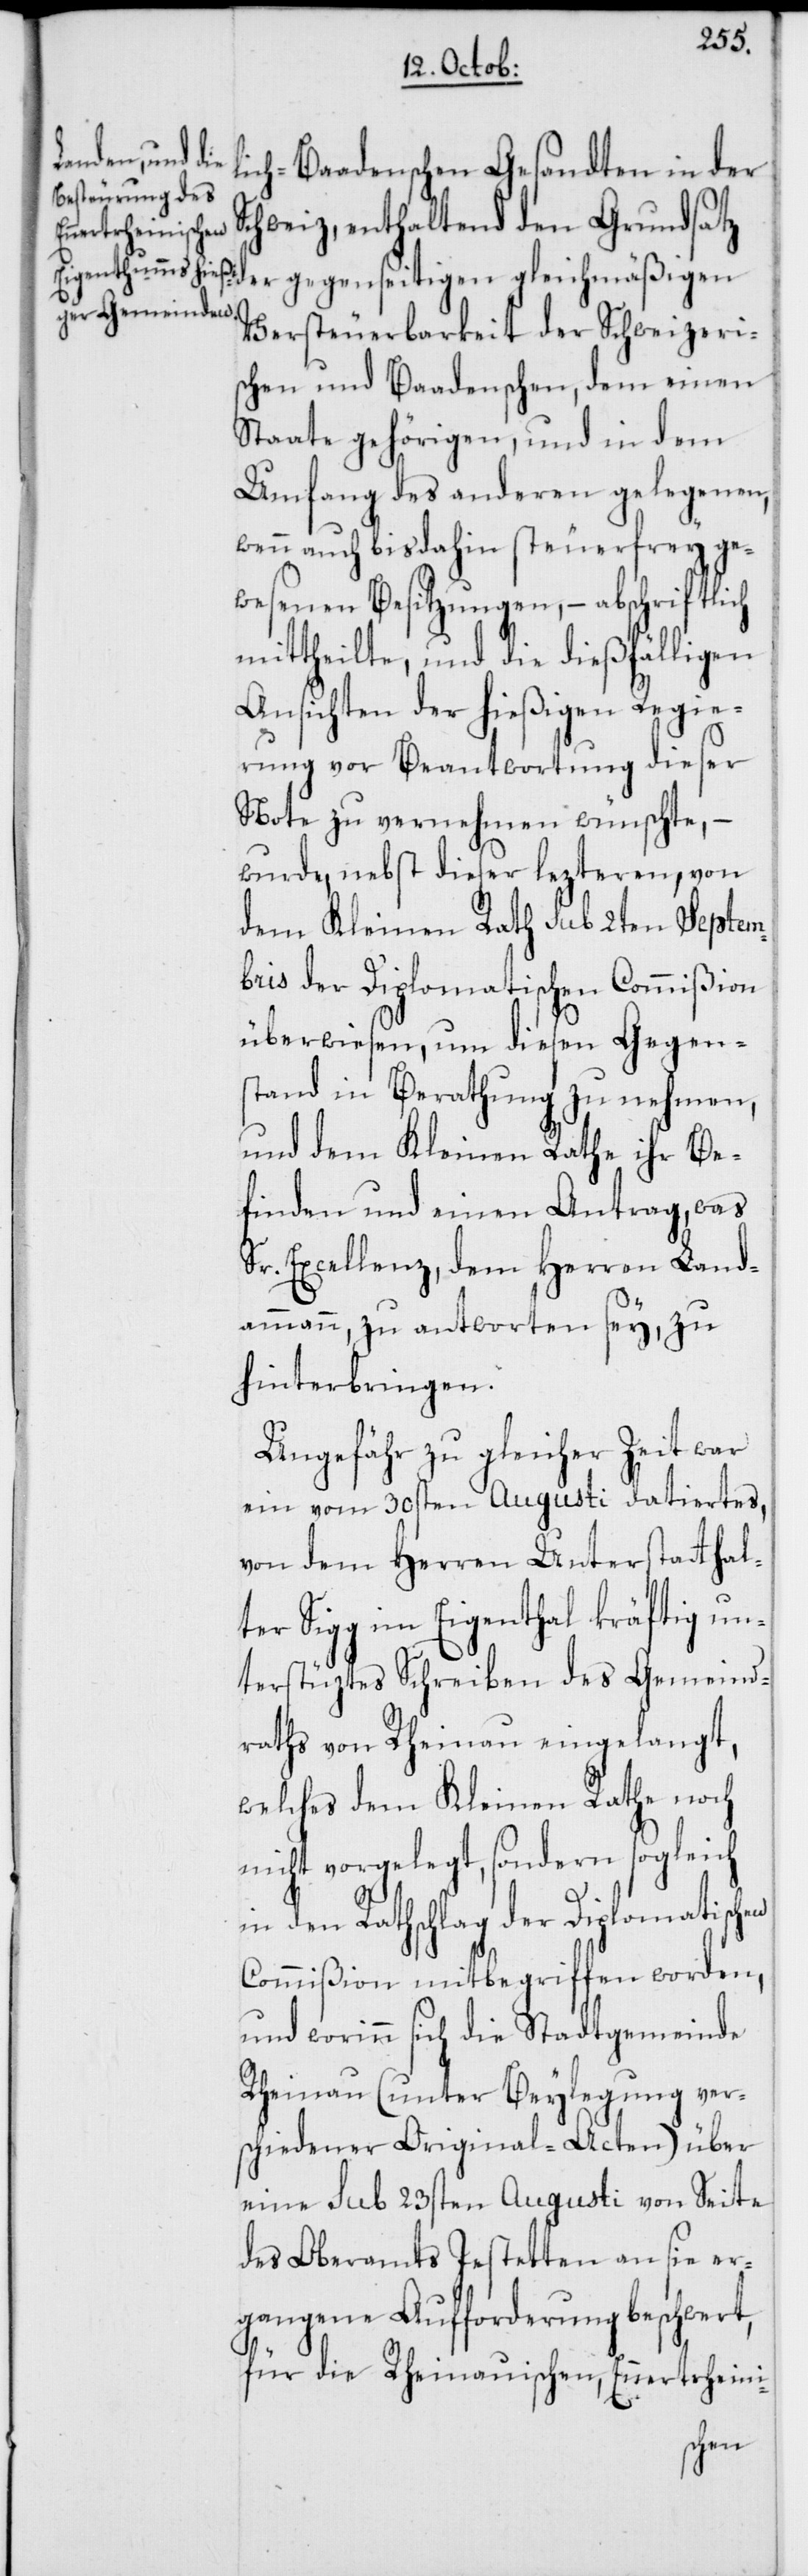
lich-Baadenschen Gesandten in der
Schweiz, enthaltend den Grundsatz
der gegenseitigen gleichmäßigen
Versteuerbarkeit der Schweizeri¬
schen und Baadenschen, dem einen
Staate gehörigen, und in dem
Umfang des anderen gelegenen,
wenn auch bisdahin steuerfrey ge¬
wesenen Besitzungen, – abschriftlich
mittheilte, und die dießfälligen
Ansichten der hießigen Regie¬
rung vor Beantwortung dieser
Note zu vernehmen wünschte, –
wurde, nebst dieser lezteren, von
dem Kleinen Rath sub 2ten Septem¬
ber der Diplomatischen Commißion
überwiesen, um diesen Gegen¬
stand in Berathung zu nehmen,
und dem Kleinen Rathe ihr Be¬
finden und einen Antrag, was
Sr. Excellenz, dem Herren Land¬
ammann, zu antworten sey, zu
hinterbringen.
Ungefähr zu gleicher Zeit war
ein vom 30sten Augusti datiertes,
von dem Herren Unterstatthal¬
ter Sigg im Eigenthal kräftig un¬
terstüztes Schreiben des Gemeind¬
raths von Rheinau eingelangt,
welches dem Kleinen Rathe noch
nicht vorgelegt, sondern sogleich
in den Rathschlag der Diplomatischen
Commißion mitbegriffen worden,
und worinn sich die Stadtgemeinde
Rheinau (unter Beylegung ver¬
schiedener Original-Acten) über
eine sub 23sten Augusti von Seite
des Oberamts Jestetten an sie er¬
gangene Aufforderung beschwert,
für die Rheinauischen, Ennertrheini-